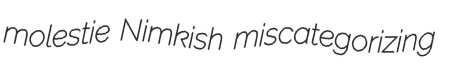
molestie Nimkish miscategorizing